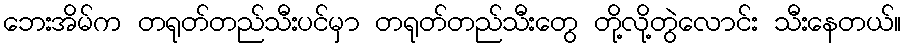
ဘေးအိမ်က တရုတ်တည်သီးပင်မှာ တရုတ်တည်သီးတွေ တို့လို့တွဲလောင်း သီးနေတယ်။